Indian journal of veterinary science and animal husbandry - Volumes 24-25, 1954-1955
Year: 1954
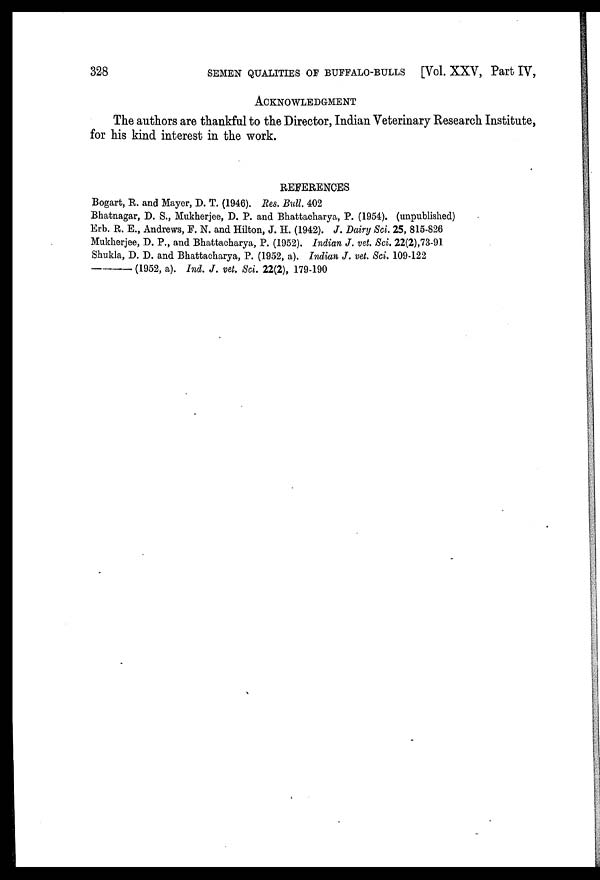
328
SEMEN QUALITIES OF BUFFALO-BULLS [Vol. XXV, Part IV,
ACKNOWLEDGMENT
The authors are thankful to the Director, Indian Veterinary Research Institute,
for his kind interest in the work.
REFERENCES
Bogart, R. and Mayer, D. T. (1946). Res. Bull. 402
Bhatnagar, D. S., Mukherjee, D. P. and Bhattacharya, P. (1954). (unpublished)
Erb. R. E., Andrews, F. N. and Hilton, J. H. (1942). J. Dairy Sci. 25, 815-826
Mukherjee, D. P., and Bhattacharya, P. (1952). Indian J. vet. Sci. 22(2), 73-91
Shukla, D. D. and Bhattacharya, P. (1952, a). Indian J. vet. Sci. 109-122
—(1952,
a).
Ind.
J. vet. Sci. 22(2), 179-190